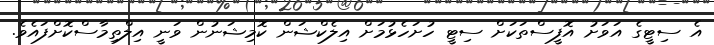
އެ ސިޓީގެ އަވަށު އޮފީސްތަކަށް ސިޓީ ހުށަހެޅުމަށް އިލެކްޝަން ކޮމިޝަނުން ވަނީ އިލްތިމާސްކޮށްފައެވެ.